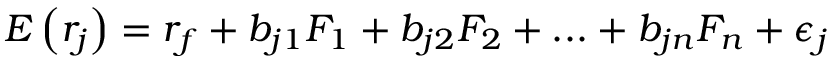
E \left( r _ { j } \right) = r _ { f } + b _ { j 1 } F _ { 1 } + b _ { j 2 } F _ { 2 } + . . . + b _ { j n } F _ { n } + \epsilon _ { j }